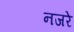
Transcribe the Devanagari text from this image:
नजरे